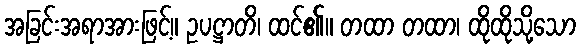
အခြင်းအရာအားဖြင့်။ ဥပဋ္ဌာတိ၊ ထင်၏။ တထာ တထာ၊ ထိုထိုသို့သော